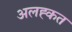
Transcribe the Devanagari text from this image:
अलह्कत